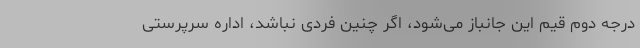
درجه دوم قیم این جانباز می‌شود، اگر چنین فردی نباشد، اداره سرپرستی